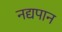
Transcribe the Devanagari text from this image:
नद्यपान